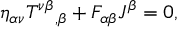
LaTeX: \eta _ { \alpha \nu } { T ^ { \nu \beta } } _ { , \beta } + F _ { \alpha \beta } J ^ { \beta } = 0 ,